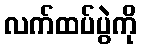
လက်ထပ်ပွဲကို